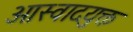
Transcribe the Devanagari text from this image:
आस्वादयुक्त